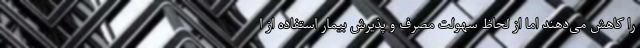
را کاهش می‌دهند اما از لحاظ سهولت مصرف و پذیرش بیمار استفاده از ا